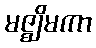
မဇ္ဈိမကာ